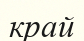
край